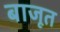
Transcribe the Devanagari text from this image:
बाजूत